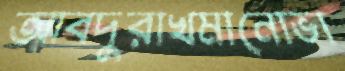
আবদুরাখমানোভা